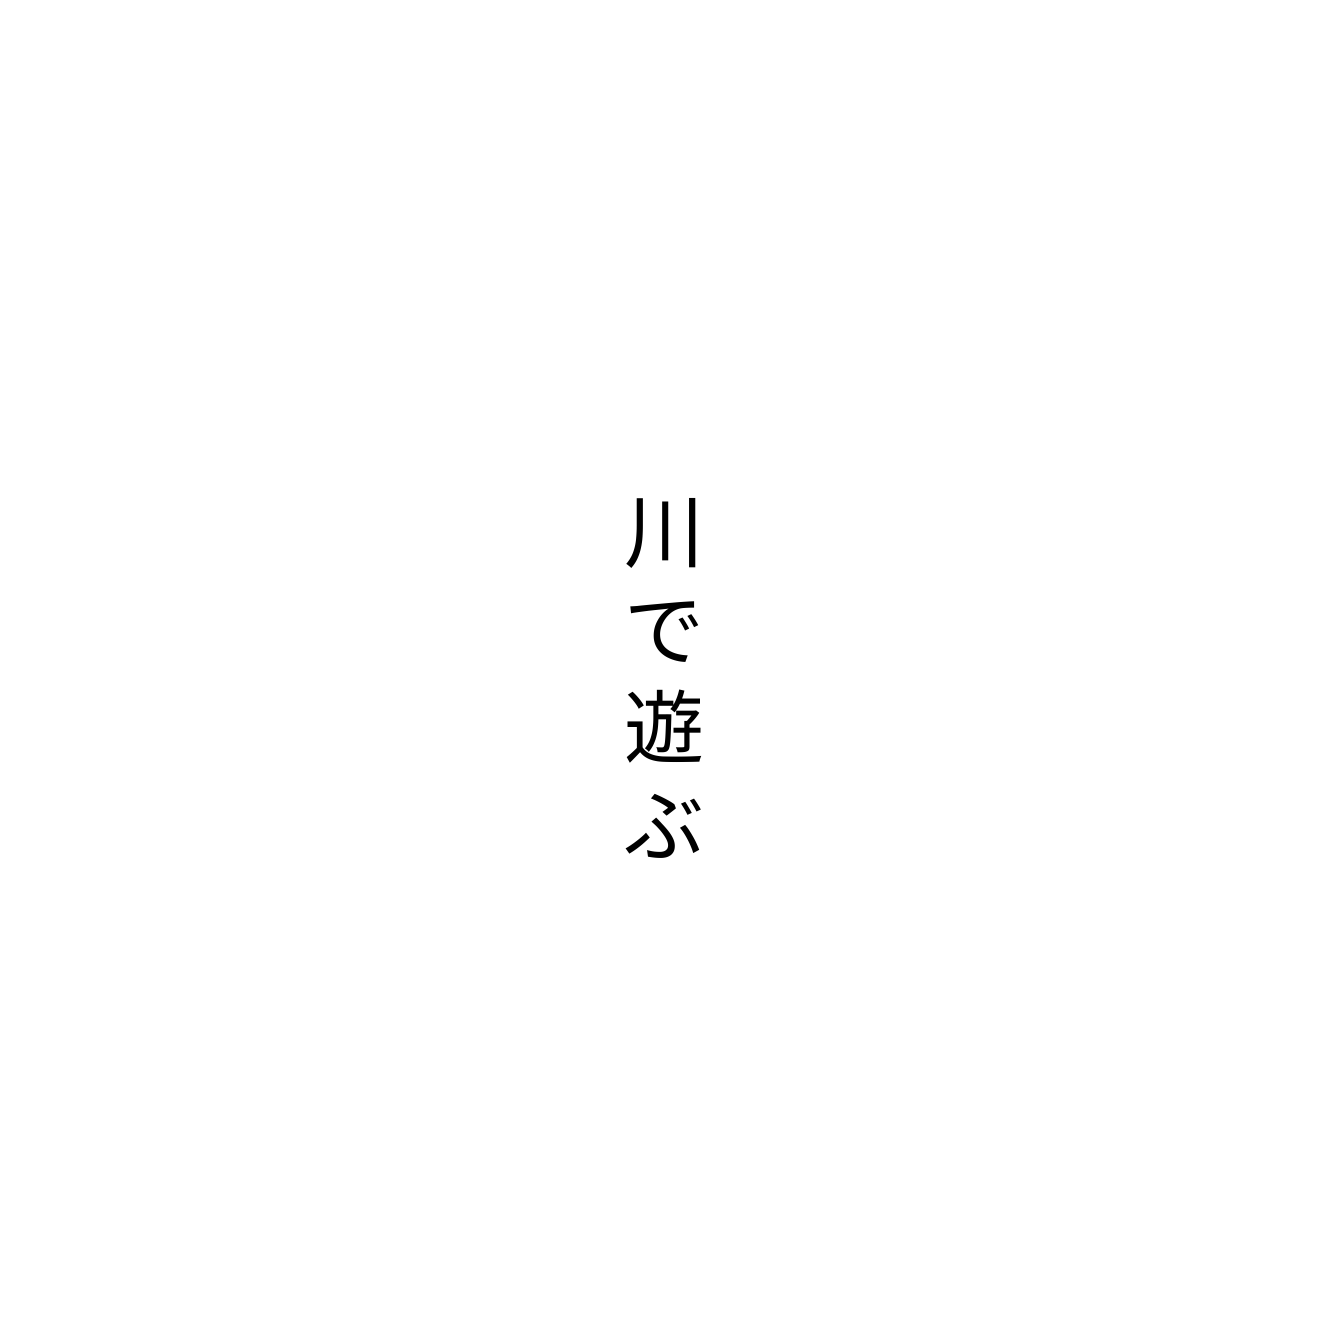
川で遊ぶ